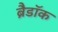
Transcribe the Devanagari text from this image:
ब्रैडॉक